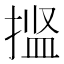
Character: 𫽝